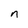
Character: n